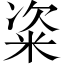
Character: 粢